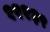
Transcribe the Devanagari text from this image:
१२२३९